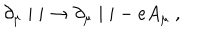
\partial _ { \mu } \mid i \rightarrow \partial _ { \mu } \mid i - e A _ { \mu } ~ ,